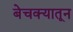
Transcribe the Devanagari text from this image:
बेचक्‍यातून